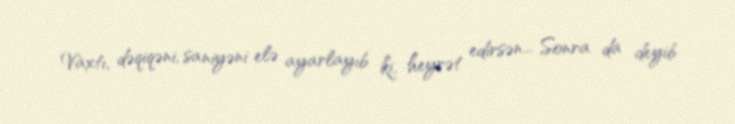
Vaxtı, dəqiqəni, saniyəni elə ayarlayıb ki, heyrət edirsən... Sonra da deyib